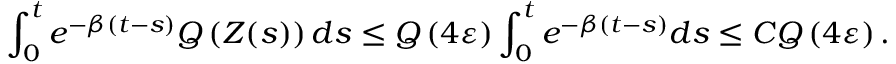
\int _ { 0 } ^ { t } e ^ { - \beta ( t - s ) } Q \left( Z ( s ) \right) d s \le Q \left( 4 \varepsilon \right) \int _ { 0 } ^ { t } e ^ { - \beta ( t - s ) } d s \le C Q \left( 4 \varepsilon \right) .